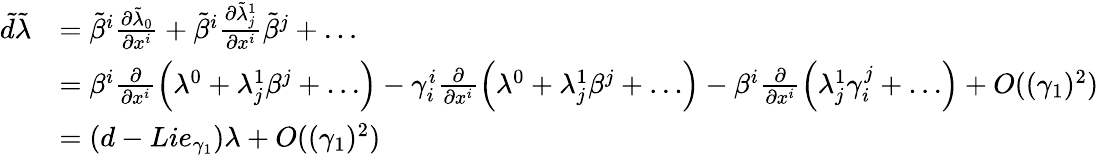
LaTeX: \begin{array}{rl}{\tilde{d}\tilde{\lambda}}&{=\tilde{\beta}^{i}\frac{\partial\tilde{\lambda}_{0}}{\partial x^{i}}+\tilde{\beta}^{i}\frac{\partial\tilde{\lambda}_{j}^{1}}{\partial x^{i}}\tilde{\beta}^{j}+\dots}\\ &{=\beta^{i}\frac{\partial}{\partial x^{i}}\left(\lambda^{0}+\lambda_{j}^{1}\beta^{j}+\dots\right)-\gamma_{i}^{i}\frac{\partial}{\partial x^{i}}\left(\lambda^{0}+\lambda_{j}^{1}\beta^{j}+\dots\right)-\beta^{i}\frac{\partial}{\partial x^{i}}\left(\lambda_{j}^{1}\gamma_{i}^{j}+\dots\right)+O((\gamma_{1})^{2})}\\ &{=(d-Lie_{\gamma_{1}})\lambda+O((\gamma_{1})^{2})}\end{array}